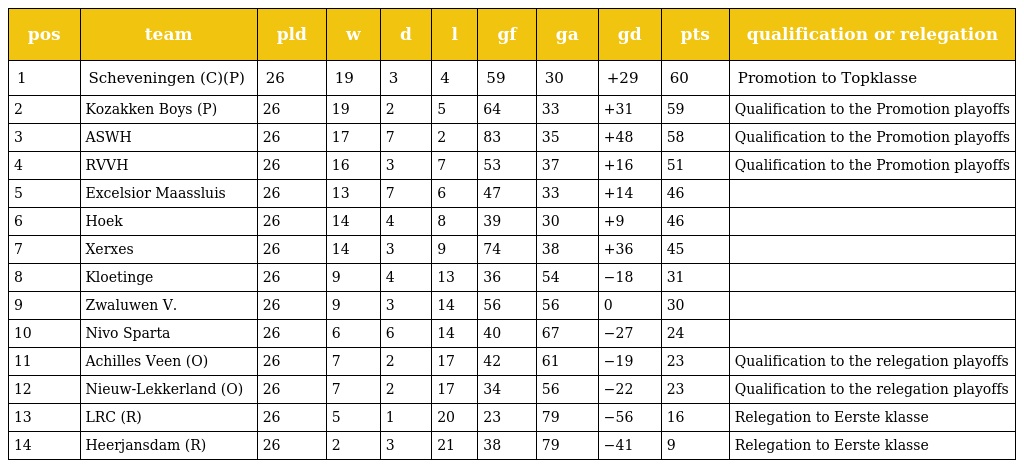
| pos | team | pld | w | d | l | gf | ga | gd | pts | qualification or relegation |
 | --- | --- | --- | --- | --- | --- | --- | --- | --- | --- | --- |
 | 1 | Scheveningen (C)(P) | 26 | 19 | 3 | 4 | 59 | 30 | +29 | 60 | Promotion to Topklasse |
 | 2 | Kozakken Boys (P) | 26 | 19 | 2 | 5 | 64 | 33 | +31 | 59 | Qualification to the Promotion playoffs |
 | 3 | ASWH | 26 | 17 | 7 | 2 | 83 | 35 | +48 | 58 | Qualification to the Promotion playoffs |
 | 4 | RVVH | 26 | 16 | 3 | 7 | 53 | 37 | +16 | 51 | Qualification to the Promotion playoffs |
 | 5 | Excelsior Maassluis | 26 | 13 | 7 | 6 | 47 | 33 | +14 | 46 |  |
 | 6 | Hoek | 26 | 14 | 4 | 8 | 39 | 30 | +9 | 46 |  |
 | 7 | Xerxes | 26 | 14 | 3 | 9 | 74 | 38 | +36 | 45 |  |
 | 8 | Kloetinge | 26 | 9 | 4 | 13 | 36 | 54 | −18 | 31 |  |
 | 9 | Zwaluwen V. | 26 | 9 | 3 | 14 | 56 | 56 | 0 | 30 |  |
 | 10 | Nivo Sparta | 26 | 6 | 6 | 14 | 40 | 67 | −27 | 24 |  |
 | 11 | Achilles Veen (O) | 26 | 7 | 2 | 17 | 42 | 61 | −19 | 23 | Qualification to the relegation playoffs |
 | 12 | Nieuw-Lekkerland (O) | 26 | 7 | 2 | 17 | 34 | 56 | −22 | 23 | Qualification to the relegation playoffs |
 | 13 | LRC (R) | 26 | 5 | 1 | 20 | 23 | 79 | −56 | 16 | Relegation to Eerste klasse |
 | 14 | Heerjansdam (R) | 26 | 2 | 3 | 21 | 38 | 79 | −41 | 9 | Relegation to Eerste klasse |